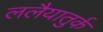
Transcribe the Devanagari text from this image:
ललैयातुर्क